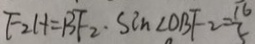
F _ { 2 } H = B F _ { 2 } \cdot \sin \angle O B F - 2 = \frac { 1 6 } { 5 }